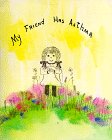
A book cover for My Friend Has Asthma; M.D., Charlotte L. Casterline; Health, Fitness & Dieting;